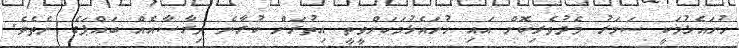
ހުށައެޅުމަކީ ސަމަރު މެދުވެރިކޮށް އައި ހުށައެޅުމަކަށްވީތީ އިތުރަށް ކުރާނެ ދިރާސާއެއް ބައްޕަގެ ނެތެވެ.